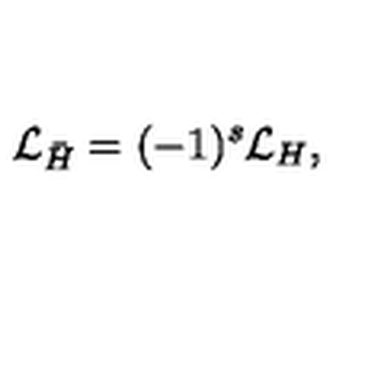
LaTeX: { \cal L } _ { \bar { H } } = ( - 1 ) ^ { s } { \cal L } _ { H } ,